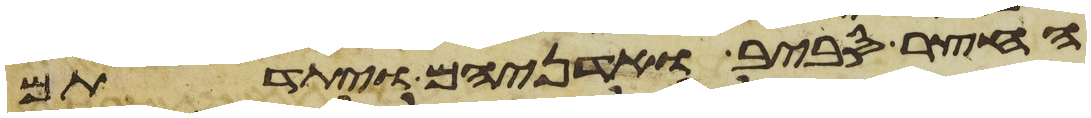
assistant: החצר סביב ואדניהם ויתדתם